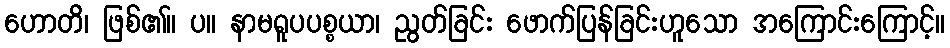
ဟောတိ၊ ဖြစ်၏။ ပ။ နာမရူပပစ္စယာ၊ ညွတ်ခြင်း ဖောက်ပြန်ခြင်းဟူသော အကြောင်းကြောင့်။